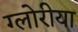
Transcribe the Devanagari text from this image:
ग्लोरीया